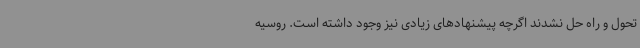
تحول و راه حل نشدند اگرچه پیشنهادهای زیادی نیز وجود داشته است. روسیه